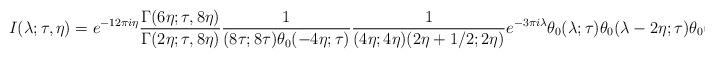
LaTeX: \begin{align*}I(\lambda; \tau, \eta) = e^{-12\pi i \eta} \frac{\Gamma(6\eta; \tau, 8\eta)}{\Gamma(2\eta; \tau, 8\eta)}\frac{1}{(8\tau; 8\tau)\theta_0(- 4\eta; \tau)} \frac{1}{(4\eta; 4\eta) (2\eta + 1/2; 2\eta)} e^{-3\pi i \lambda} \theta_0(\lambda; \tau) \theta_0(\lambda - 2\eta; \tau) \theta_0(\lambda + 2\eta; \tau).\end{align*}